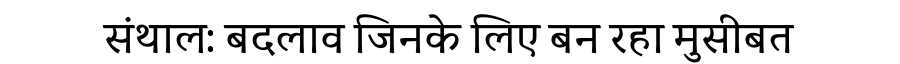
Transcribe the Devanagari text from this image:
संथाल: बदलाव जिनके लिए बन रहा मुसीबत